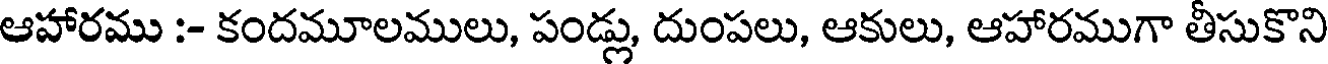
ఆహారము :- కందమూలములు, పండ్లు, దుంపలు, ఆకులు, ఆహారముగా తీసుకొని